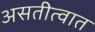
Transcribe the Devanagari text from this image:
असतीत्वात